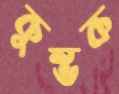
কুম্ভক